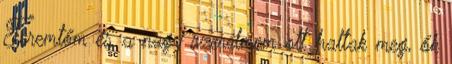
Teremtőm és a nagy szerelmem ott haltak meg, ők